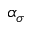
\alpha _ { \sigma }